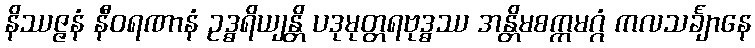
နိဿဇ္ဇနံ နီဝရဏာနံ ဥဒ္ဓရိယျန္တိ ပဒုမုတ္တရဗုဒ္ဓဿ အန္တိမစက္ကမဂ္ဂံ ကလသင်္ချာနေ